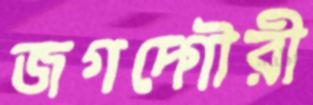
জগদ্গৌরী